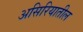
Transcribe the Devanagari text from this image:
असिरियातील